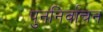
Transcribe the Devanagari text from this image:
पुननिर्वाचन